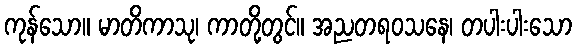
ကုန်သော။ မာတိကာသု၊ ကာတို့တွင်။ အညတရဝသနေ၊ တပါးပါးသော